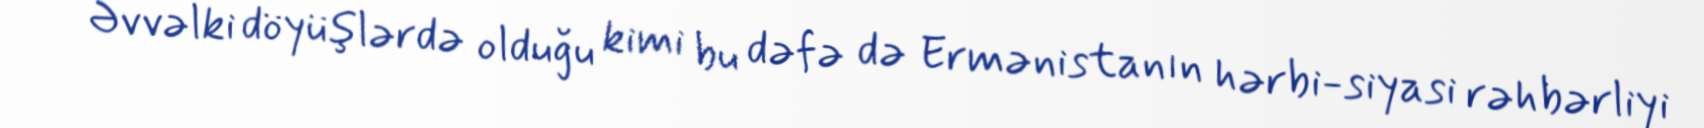
Əvvəlki döyüşlərdə olduğu kimi bu dəfə də Ermənistanın hərbi-siyasi rəhbərliyi